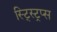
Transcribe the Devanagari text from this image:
स्ट्स्ट्रिप्स